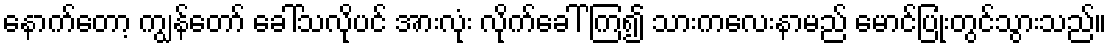
နောက်တော့ ကျွန်တော် ခေါ်သလိုပင် အားလုံး လိုက်ခေါ် ကြ၍ သားကလေးနာမည် မောင်ပြုံးတွင်သွားသည်။